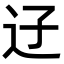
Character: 䢊